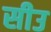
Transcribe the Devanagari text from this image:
सीउ